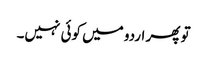
تو پھر اردو میں کوئی نہیں۔